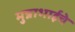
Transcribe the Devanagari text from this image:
मुन्नाभाईचे